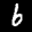
Label: 6